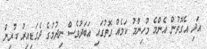
އަދި އެގޮތުން އެންމެ މުހިންމު ކަމެއް ގޮތުގައި އަބަދުވެސް ނިދުމުގެ ދެގަޑިއިރު ކުރިން